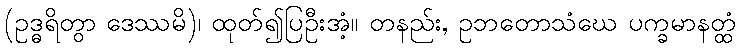
(ဥဒ္ဓရိတွာ ဒေဿမိ)၊ ထုတ်၍ပြဦးအံ့။ တနည်း, ဥဘတောသံဃေ ပက္ခမာနတ္ထံ